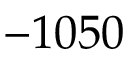
- 1 0 5 0